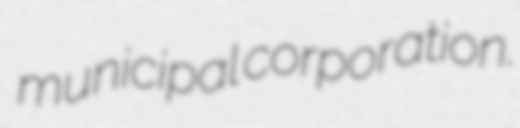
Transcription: municipal corporation.